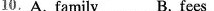
10.A. family B. fees